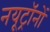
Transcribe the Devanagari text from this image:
नयूट्रॉनों